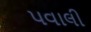
પવાલી